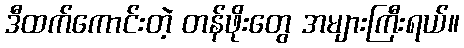
ဒီထက်ကောင်းတဲ့ တန်ဖိုးတွေ အများကြီးရယ်။